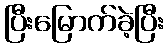
ပြီးမြောက်ခဲ့ပြီး